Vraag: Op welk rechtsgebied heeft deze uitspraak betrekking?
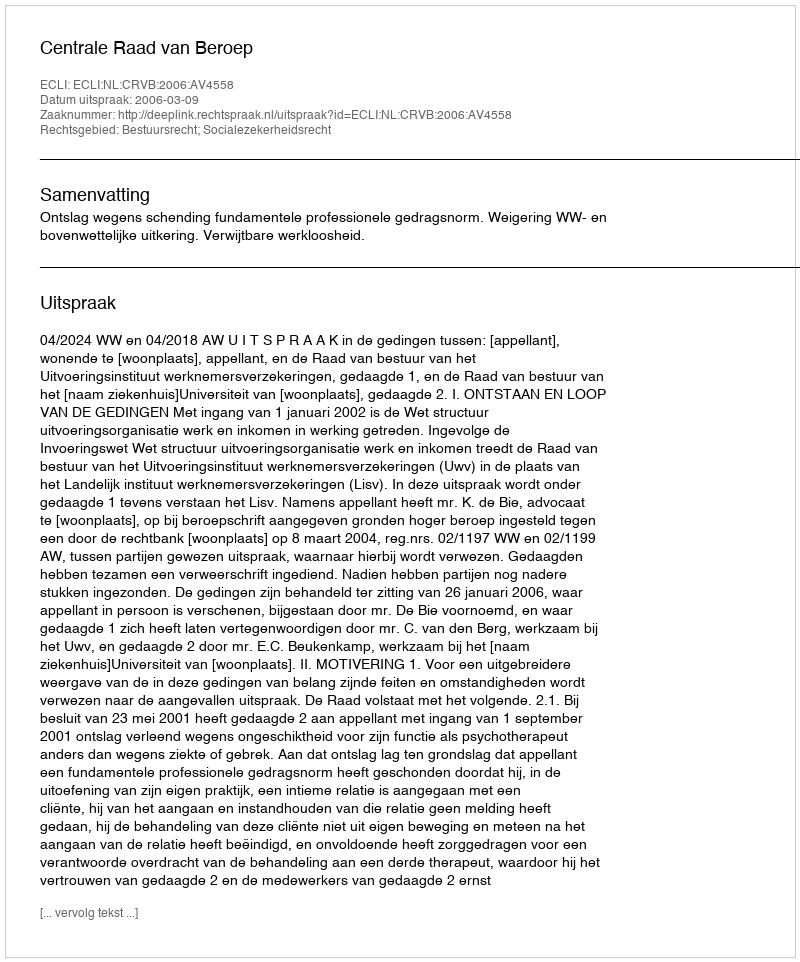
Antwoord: Bestuursrecht; Socialezekerheidsrecht